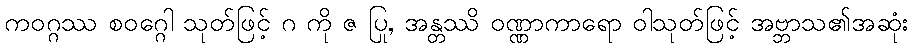
ကဝဂ္ဂဿ စဝဂ္ဂေါ သုတ်ဖြင့် ဂ ကို ဇ ပြု, အန္တဿိ ဝဏ္ဏာကာရော ဝါသုတ်ဖြင့် အဗ္ဘာသ၏အဆုံး